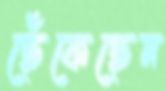
ছেঁকেছেন